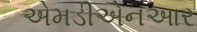
એમડીએનઆર